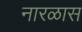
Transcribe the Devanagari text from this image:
नारळास